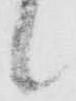
候